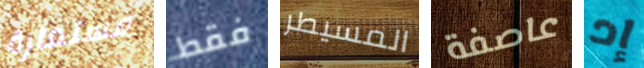
مستعارة فقط المسيطر عاصفة إد